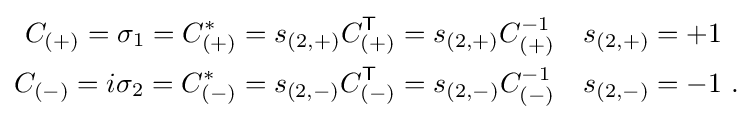
{\begin{aligned}C_{(+)}=\sigma _{1}=C_{(+)}^{*}=s_{(2,+)}C_{(+)}^{\textsf {T}}&=s_{(2,+)}C_{(+)}^{-1}&s_{(2,+)}&=+1\\C_{(-)}=i\sigma _{2}=C_{(-)}^{*}=s_{(2,-)}C_{(-)}^{\textsf {T}}&=s_{(2,-)}C_{(-)}^{-1}&s_{(2,-)}&=-1~.\end{aligned}}